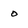
Character: o